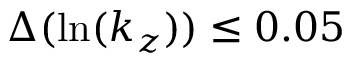
\Delta ( \ln ( k _ { z } ) ) \leq 0 . 0 5